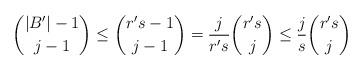
LaTeX: \begin{align*}{|B'|-1 \choose j-1} \le {r' s-1 \choose j-1}= \frac{j}{r' s} {r' s \choose j} \le \frac{j}{s}{r' s \choose j}\end{align*}